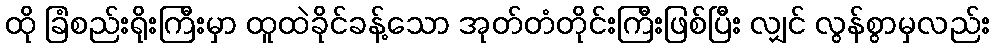
ထို ခြံစည်းရိုးကြီးမှာ ထူထဲခိုင်ခန့်သော အုတ်တံတိုင်းကြီးဖြစ်ပြီး လျှင် လွန်စွာမှလည်း